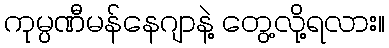
ကုမ္ပဏီမန်နေဂျာနဲ့ တွေ့လို့ရလား။